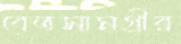
বেতসামগ্রীর